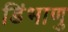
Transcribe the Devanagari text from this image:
डिंभाणु